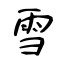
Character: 雪